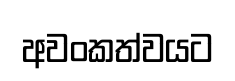
අවංකත්වයට